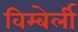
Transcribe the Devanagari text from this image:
विम्बेर्ली